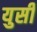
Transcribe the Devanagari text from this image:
युसी